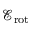
\mathcal { E } _ { \mathrm { r o t } }